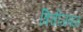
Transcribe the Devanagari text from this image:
त्रिचीजवळ